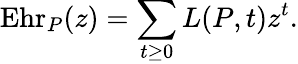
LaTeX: \operatorname{Ehr}_{P}(z)=\sum_{t\geq 0}L(P,t)z^{t}.